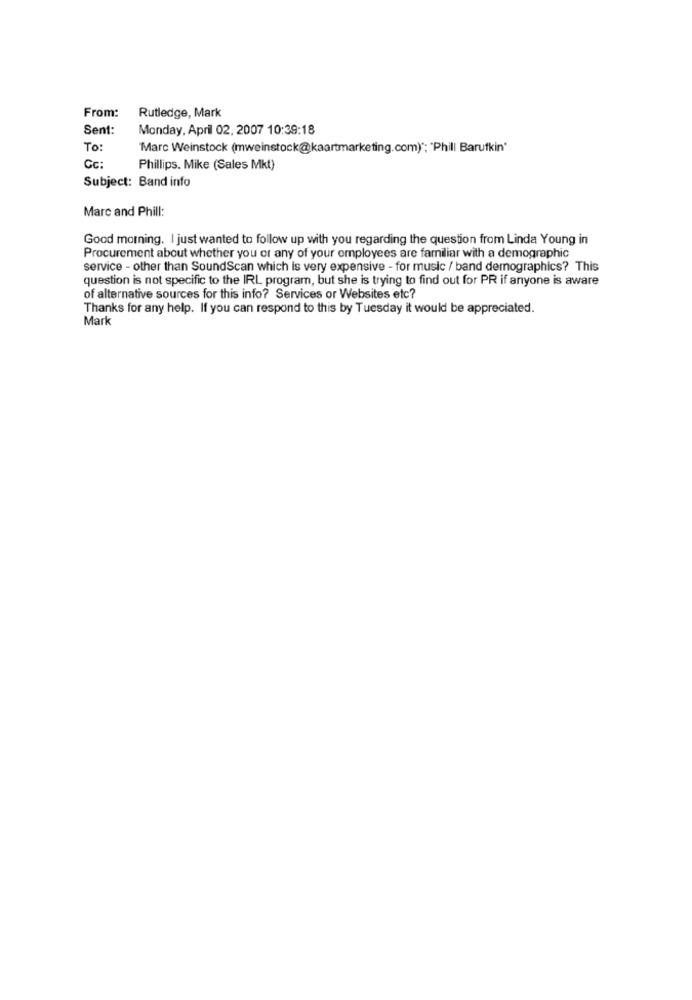
From:
Rutledge, Mark
Sent:
Monday, April 02, 2007 10:39:18
To:
Marc Weinstock (mweinstock@kaartmarketing.com) *; "Phill Barufkin'
Cc:
Phillips. Mike (Sales Mkt)
Subject: Band info
Marc and Phill:
Good morning. I just wanted to follow up with you regarding the question from Linda Young in
Procurement about whether you or any of your employees are familiar with a demographic
service - other than SoundScan which is very expensive - for music / band demographics? This
question is not specific to the IRL program, but she is trying to find out for PR if anyone is aware
of alternative sources for this info? Services or Websites etc?
Thanks for any help. If you can respond to this by Tuesday it would be appreciated.
Mark